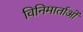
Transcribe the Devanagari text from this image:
विनिमार्ताओं